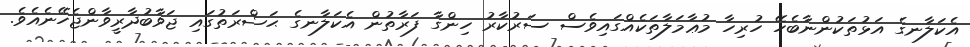
އެކަލާނގެ އަޅުތަކުންނާބެހޭ ހުރިހާ މުޢާމަލާތަކެއްގައިވެސް ސަރުކާރު ހިންގާ ފަރާތުން އެކަލާނގެ ޙަޟްރަތުގައި ޖަވާބުދާރީވާންޖެހޭނެއެވެ.